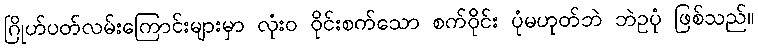
ဂြိုဟ်ပတ်လမ်းကြောင်းများမှာ လုံးဝ ဝိုင်းစက်သော စက်ဝိုင်း ပုံမဟုတ်ဘဲ ဘဲဥပုံ ဖြစ်သည်။